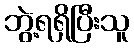
ဘွဲ့ရရှိပြီးသူ